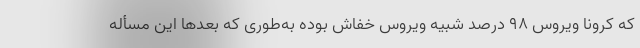
که کرونا ویروس ۹۸ درصد شبیه ویروس خفاش بوده به‌طوری که بعدها این مسأله